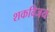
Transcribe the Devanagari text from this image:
शकविजय